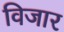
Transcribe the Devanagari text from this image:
विजार